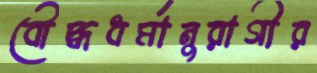
বৌদ্ধধর্মানুরাগীর